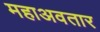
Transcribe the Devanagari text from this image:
महाअवतार